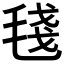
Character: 𣮏